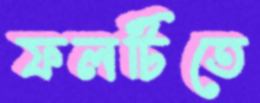
ফলটিতে